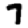
Digit: 7